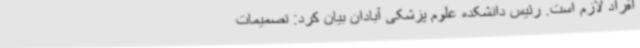
افراد لازم است. رئیس دانشکده علوم پزشکی آبادان بیان کرد: تصمیمات